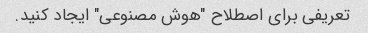
تعریفی برای اصطلاح "هوش مصنوعی" ایجاد کنید.